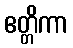
ဧတ္တိကာ